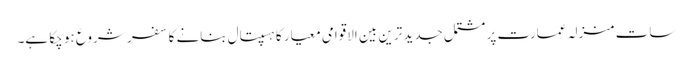
سات منزلہ عمارت پر مشتمل جدید ترین بین الاقوامی معیار کا ہسپتال بنانے کا سفر شروع ہو چکا ہے۔